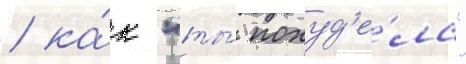
/ ка́к "ты́ похуд'е́ла"